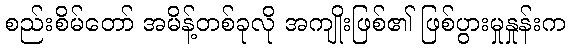
စည်းစိမ်တော် အမိန့်တစ်ခုလို အကျိုးဖြစ်၏ ဖြစ်ပွားမှုနှုန်းက